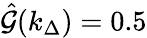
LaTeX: \hat{\mathcal{G}}(k_{\Delta})=0.5